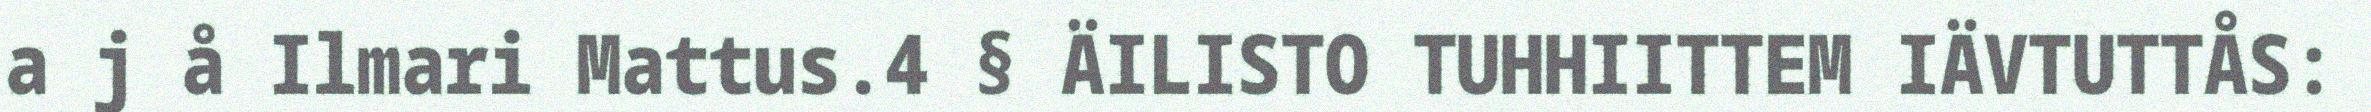
a j å Ilmari Mattus.4 § ÄILISTO TUHHIITTEM IÄVTUTTÅS: